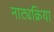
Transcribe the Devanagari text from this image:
नाट्यक्रिया